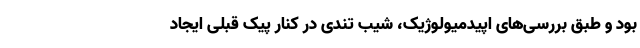
بود و طبق بررسی‌های اپیدمیولوژیک، شیب تندی در کنار پیک قبلی ایجاد